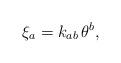
LaTeX: \begin{gather*}\xi_a=k_{ab}\,\theta^b,\end{gather*}